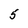
Character: 5